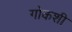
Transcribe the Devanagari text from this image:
गोकशी